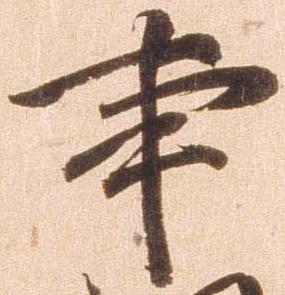
事